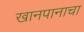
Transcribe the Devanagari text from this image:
खानपानाचा